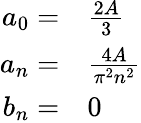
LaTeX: \begin{array}{rl}{a_{0}=}&{{}{\frac{2A}{3}}}\\ {a_{n}=}&{{}{\frac{4A}{\pi^{2}n^{2}}}}\\ {b_{n}=}&{{}0}\end{array}